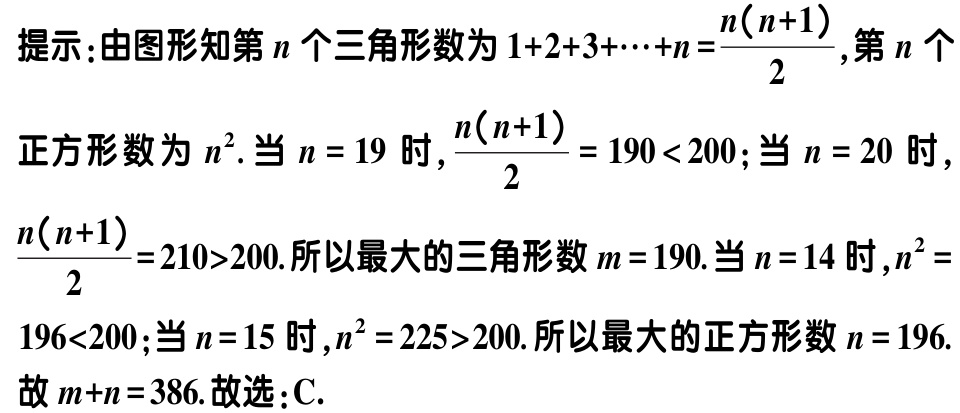
提示：由图形知第\(n\)个三角形数为\(1 + 2 + 3 + \cdots + n = \frac{n(n + 1)}{2}\)，第\(n\)个
正方形数为\(n^{2}\). 当\(n = 19\)时，\(\frac{n(n + 1)}{2} = 190 < 200\)；当\(n = 20\)时，
\(\frac{n(n + 1)}{2} = 210>200\). 所以最大的三角形数\(m = 190\). 当\(n = 14\)时，\(n^{2} =
196<200\)；当\(n = 15\)时，\(n^{2} = 225>200\). 所以最大的正方形数\(n = 196\).
故\(m + n = 386\). 故选：C.